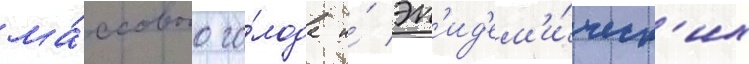
ма́ссового го́лода и́ эп'ид'ем'и́ческ'их